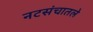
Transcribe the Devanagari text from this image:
नटसंचातले